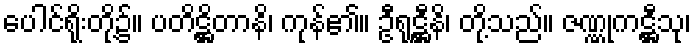
ပေါင်ရိုးတို့၌။ ပတိဋ္ဌိတာနိ၊ ကုန်၏။ ဦရုဋ္ဌီနိ၊ တို့သည်။ ဇဏ္ဏုကဋ္ဌီသု၊